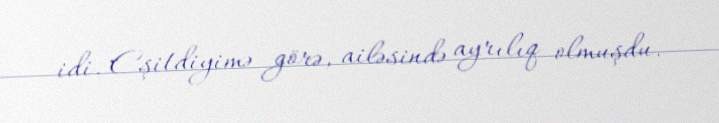
idi. Eşitdiyimə görə, ailəsində ayrılıq olmuşdu.